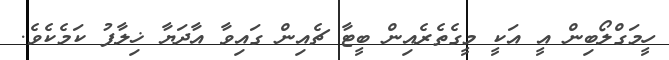
ހީމަގްލޯބިން އީ އަކީ މީގެތެރެއިން ބީޓާ ޗެއިން ގައިވާ އާދަޔާ ޚިލާފު ކަމެކެވެ.